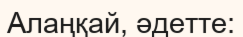
Алаңқай, әдетте: